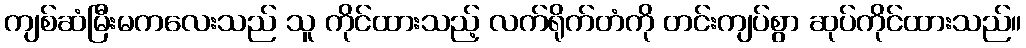
ကျစ်ဆံမြီးမကလေးသည် သူ ကိုင်ထားသည့် လက်ရိုက်တံကို တင်းကျပ်စွာ ဆုပ်ကိုင်ထားသည်။